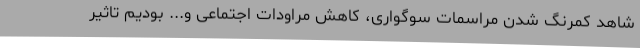
شاهد کمرنگ شدن مراسمات سوگواری‌، کاهش مراودات اجتماعی و... بودیم تاثیر